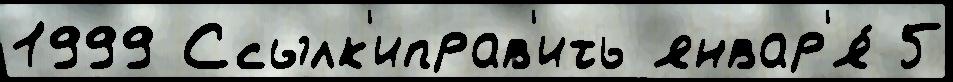
1999 Ссылк'иправ'ить январ'я́ 5